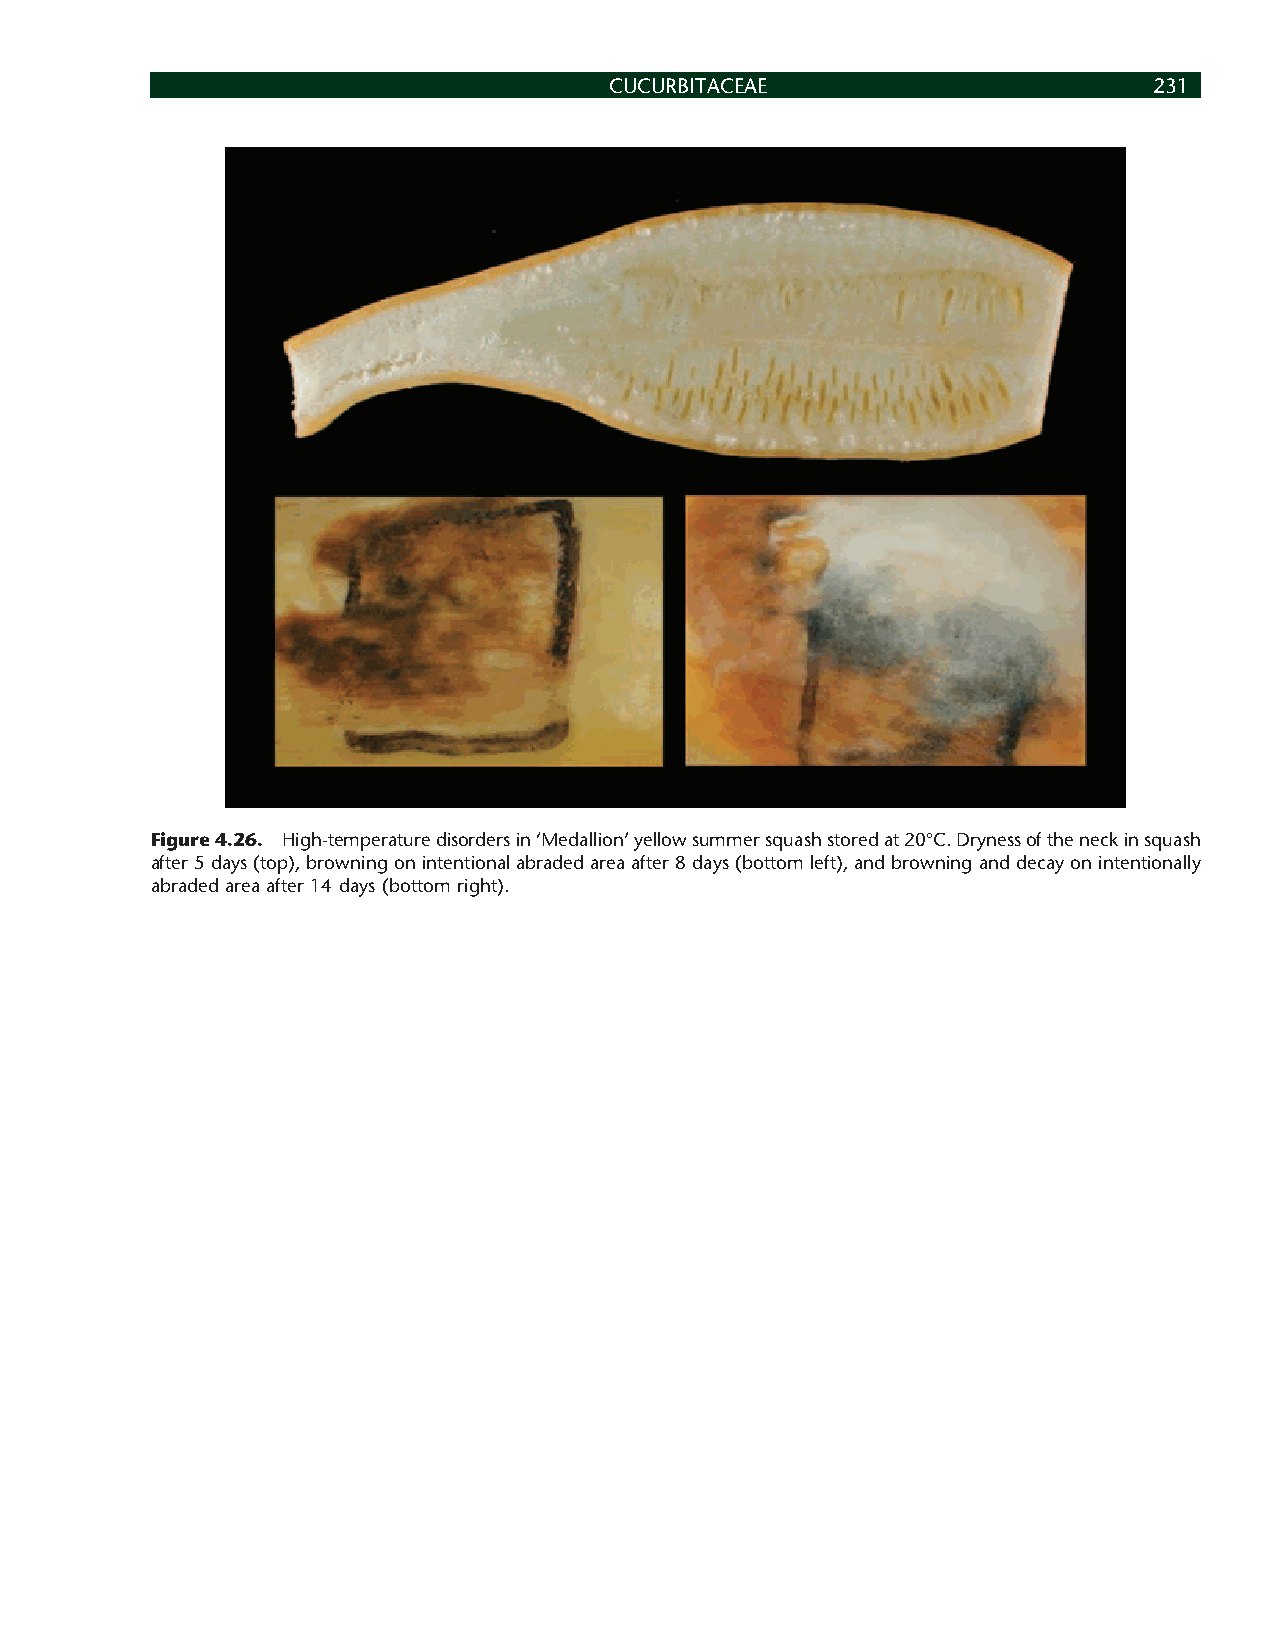
CUCURBITACEAE                       231
 Figure 4.26. High-temperature disorders in ‘Medallion’ yellow summer squash stored at 20°C. Dryness of the neck in squash
 after 5 days (top), browning on intentional abraded area after 8 days (bottom left), and browning and decay on intentionally
 abraded area after 14 days (bottom right).